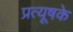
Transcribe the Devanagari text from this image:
प्रत्यूषके